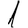
Digit: 1